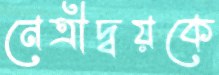
নেত্রীদ্বয়কে